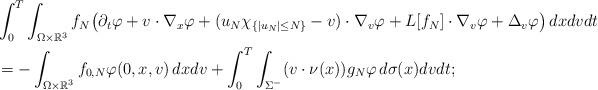
LaTeX: \begin{align*}&\int^{T}_0\int_{\Omega\times\mathbb{R}^3}f_N\big(\partial_t\varphi+v\cdot\nabla_x\varphi+(u_{N} \chi_{\{|u_N|\leq N \}}-v)\cdot\nabla_v\varphi+L[f_N]\cdot \nabla_v\varphi+\Delta_v\varphi\big)\,dxdvdt\\&=-\int_{\Omega\times\mathbb{R}^3}f_{0,N}\varphi(0,x,v)\,dxdv+\int_0^T\int_{\Sigma^-}(v\cdot \nu(x))g_N\varphi\,d\sigma(x)dvdt;\end{align*}